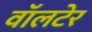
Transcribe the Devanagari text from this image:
वॉलटेर